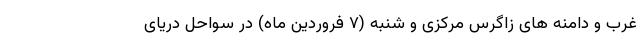
غرب و دامنه های زاگرس مرکزی و شنبه (۷ فروردین ماه) در سواحل دریای